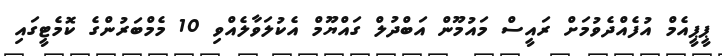
ޕީޕީއެމް އުފެއްދެވުމަށް ރައީސް މައުމޫން އަބްދުލް ގައްޔޫމް އެކުލަވާލެއްވި 10 މެމްބަރުންގެ ކޮމެޓީގައި